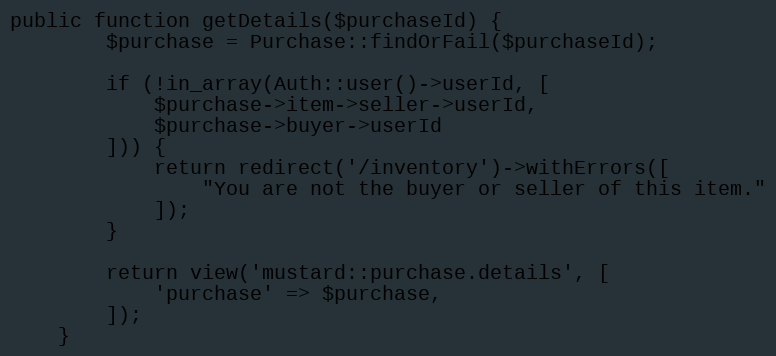
Language: PHP
public function getDetails($purchaseId) {
        $purchase = Purchase::findOrFail($purchaseId);

        if (!in_array(Auth::user()->userId, [
            $purchase->item->seller->userId,
            $purchase->buyer->userId
        ])) {
            return redirect('/inventory')->withErrors([
                "You are not the buyer or seller of this item."
            ]);
        }

        return view('mustard::purchase.details', [
            'purchase' => $purchase,
        ]);
    }